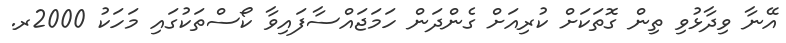
އޭނާ ވިދާޅުވި ތިން ގޮތަކަށް ކުރިއަށް ގެންދަން ހަމަޖައްސާފައިވާ ކޯސްތަކުގައި މަހަކު 2000ރ.